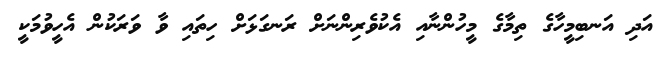
އަދި އަނބިމީހާގެ ތިމާގެ މީހުންނާއި އެކުވެރިންނަށް ރަނގަޅަށް ހިތައި ވާ ވަރަކުން އެހީވުމަކީ